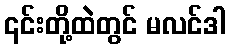
၎င်းတို့ထဲတွင် မလင်ဒါ